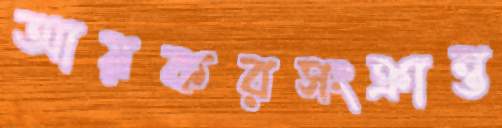
আয়করসংক্রান্ত